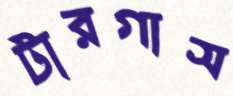
টারগাস